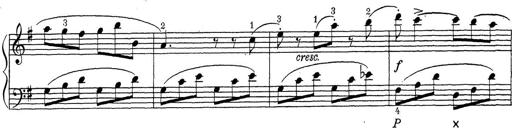
Title: ÄŒeskÃ© Sonatiny
Composer: Various